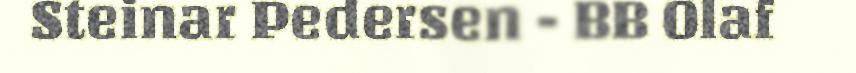
Steinar Pedersen - BB Olaf